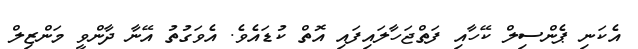
އެކަނި ޕެންސިލް ކޭހާއި ފަތްޖަހާލައިފައި އޮތް ކުޑައެވެ. އެވަގުތު އޭނާ ދާންވީ މަންޒިލް